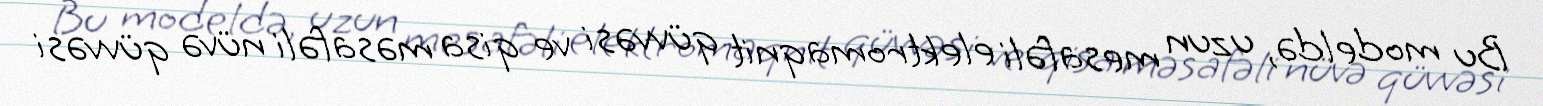
Bu modeldə, uzun mesafəli elektromaqnit qüvvəsi ve qisa məsafəli nüvə qüvvəsi